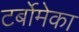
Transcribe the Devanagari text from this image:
टर्बोमेका